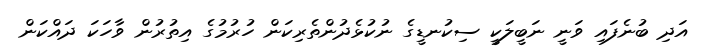
އަދި ބުނެފައި ވަނީ ނަބީލަކީ ސިކުނޑީގެ ނުކުޅެދުންތެރިކަން ހުރުމުގެ އިތުރުން ވާހަކަ ދައްކަން